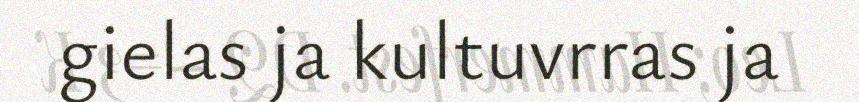
gielas ja kultuvrras ja